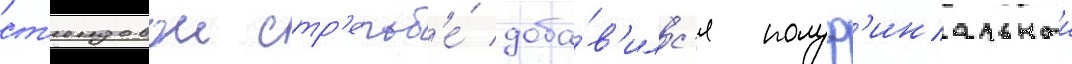
ст'ендовои стр'ельб'е́ доба́в'илс'я полуф'инальныи